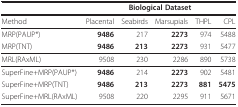
<table><thead><tr><td></td><td colspan="5"><b>Biological Dataset</b></td></tr></thead><tbody><tr><td>Method</td><td>Placental</td><td>Seabirds</td><td>Marsupials</td><td>THPL</td><td>CPL</td></tr><tr><td>MRP(PAUP*)</td><td><b>9486</b></td><td>217</td><td><b>2273</b></td><td>974</td><td>5488</td></tr><tr><td>MRP(TNT)</td><td><b>9486</b></td><td><b>213</b></td><td><b>2273</b></td><td>931</td><td>5477</td></tr><tr><td>MRL(RAxML)</td><td>9508</td><td>230</td><td>2286</td><td>890</td><td>5738</td></tr><tr><td>SuperFine+MRP(PAUP*)</td><td><b>9486</b></td><td>214</td><td><b>2273</b></td><td>902</td><td>5481</td></tr><tr><td>SuperFine+MRP(TNT)</td><td><b>9486</b></td><td><b>213</b></td><td><b>2273</b></td><td><b>881</b></td><td><b>5475</b></td></tr><tr><td>SuperFine+MRL(RAxML)</td><td>9508</td><td>220</td><td>2295</td><td>911</td><td>5671</td></tr></tbody></table>